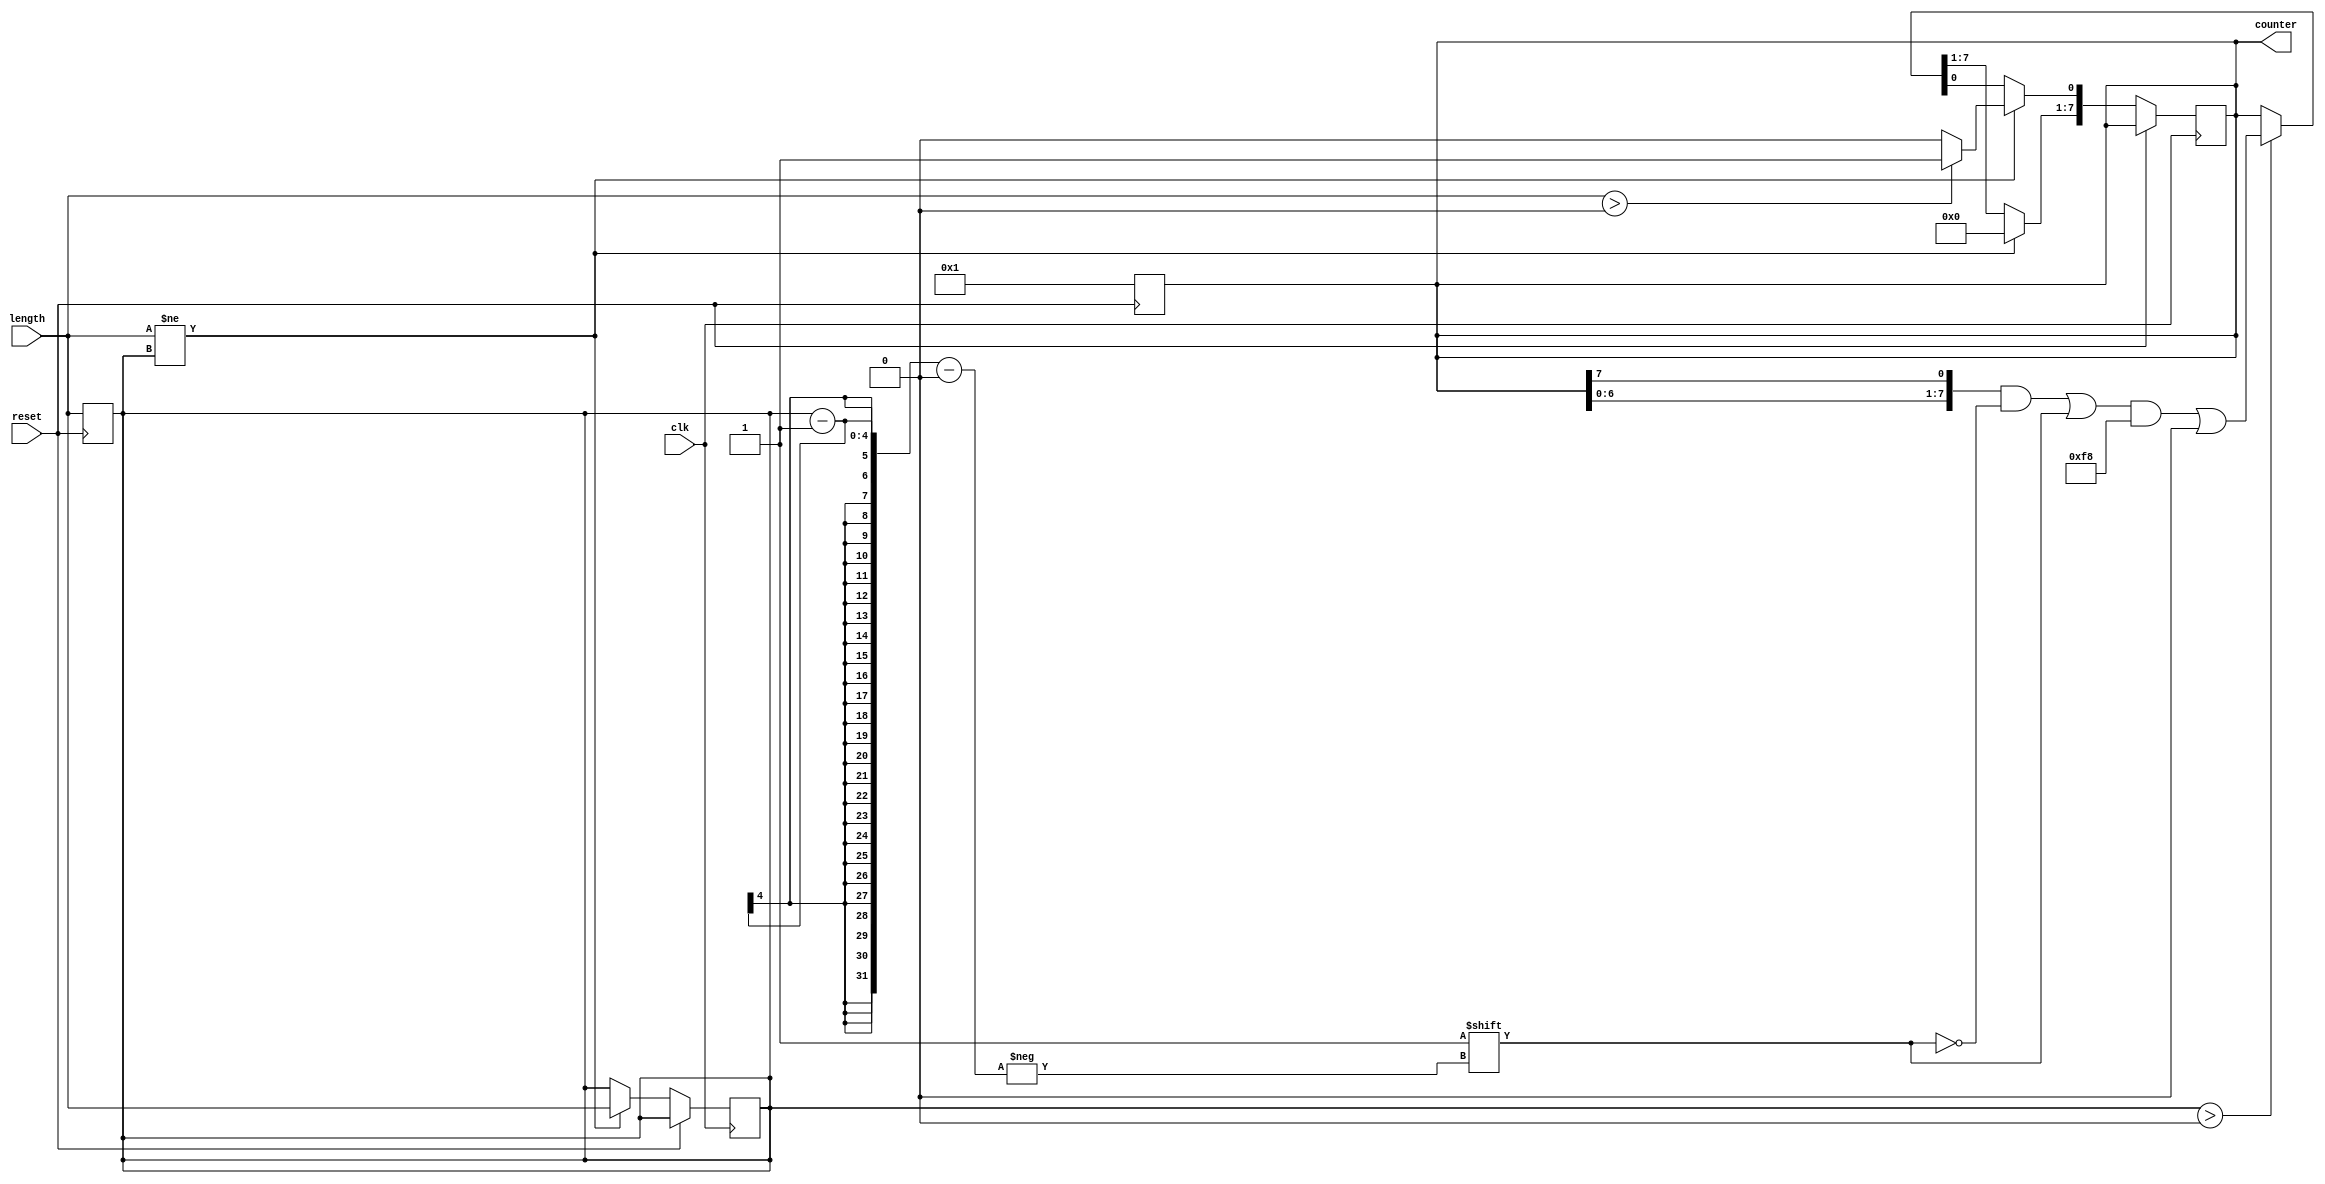
module variable_length_ring_counter #(
    parameter MAX_LENGTH = 8 // Maximum length of the ring counter
)(
    input wire clk,               // Clock signal
    input wire reset,             // Reset signal
    input wire [3:0] length,      // Desired length of the ring counter (1 to MAX_LENGTH)
    output reg [MAX_LENGTH-1:0] counter // Current state of the counter
);

    // Internal variable to hold the current length
    reg [3:0] current_length;

    // Initialize the counter on reset
    always @(posedge reset) begin
        current_length <= length; // Set the current length
        counter <= 0;             // Clear the counter
        counter[0] <= 1;          // Set the first bit to '1'
    end

    // State transition logic
    always @(posedge clk) begin
        if (reset) begin
            // Reset logic handled above
        end else if (length != current_length) begin
            // Update the current length and reinitialize the counter
            current_length <= length;
            counter <= 0;
            if (length > 0) begin
                counter[0] <= 1; // Set the first bit to '1'
            end
        end else if (current_length > 0) begin
            // Shift the counter left and wrap the leftmost bit to the rightmost position
            counter <= {counter[MAX_LENGTH-2:0], counter[MAX_LENGTH-1]};
            // Ensure only one bit is set to '1' based on the current length
            counter[current_length-1] <= 1; // Set the active bit
            counter[current_length-2:0] <= 0; // Clear other bits
        end
    end

endmodule